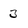
Character: 3